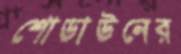
শোডাউনের